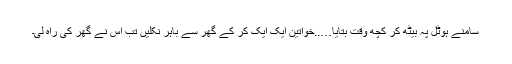
سامنے ہوٹل پہ بیٹھ کر کچھ وقت بتایا…..خواتین ایک ایک کر کے گھر سے باہر نکلیں تب اس نے گھر کی راہ لی۔